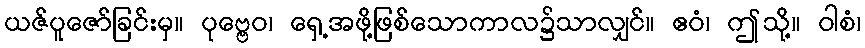
ယဇ်ပူဇော်ခြင်းမှ။ ပုဗ္ဗေဝ၊ ရှေ့အဖို့ဖြစ်သောကာလ၌သာလျှင်။ ဧဝံ၊ ဤသို့။ ဝါစံ၊